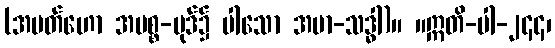
(အမတ်ဟော အမစ္စ-ပုဒ်၌ ပါသော အမာ-သဒ္ဓါ)။ ။ဣတိ-ပါ-၂၄၄၊